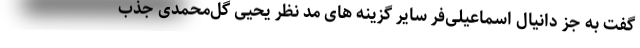
گفت به جز دانیال اسماعیلی‌فر سایر گزینه های مد نظر یحیی گل‌محمدی جذب